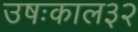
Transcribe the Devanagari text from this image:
उषःकाल३२